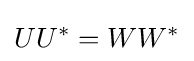
UU^{*}=WW^{*}